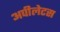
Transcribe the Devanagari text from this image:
अपीलेटस